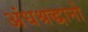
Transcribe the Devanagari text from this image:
अंधश्रद्धानो